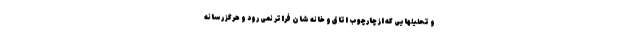
و تحلیلهایی که از چارچوب اتاق و خانه شان فراتر نمی رود و هرگز رسانه